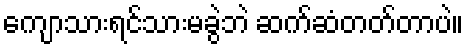
ကျောသားရင်သားမခွဲဘဲ ဆက်ဆံတတ်တာပဲ။